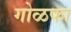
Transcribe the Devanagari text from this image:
गोळफा